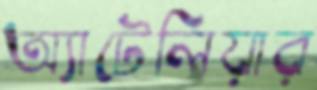
অ্যাটেলিয়ার